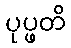
ပုပ္ဖတိ